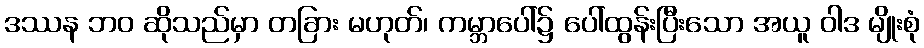
ဒဿန ဘဝ ဆိုသည်မှာ တခြား မဟုတ်၊ ကမ္ဘာပေါ်၌ ပေါ်ထွန်းပြီးသော အယူ ဝါဒ မျိုးစုံ